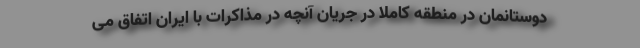
دوستانمان در منطقه کاملا در جریان آنچه در مذاکرات با ایران اتفاق می